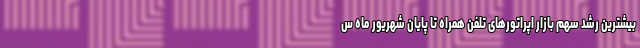
بیشترین رشد سهم بازار اپراتورهای تلفن همراه تا پایان شهریور ماه س